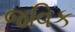
જવિક